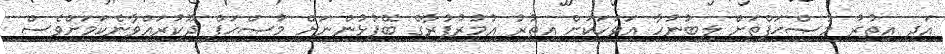
އަދި އިތުރު މުޞްޙަފްތަށް ލިބުނުހާ އަވަހަކަށް އިތުރު އުމުރުފުރާގެ ބޭފުޅުންނަށް މުޞްޙަފް ދޫކުރައްވާނެކަމަށްވެސް